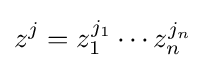
z^{j}=z_{1}^{j_{1}}\cdots z_{n}^{j_{n}}